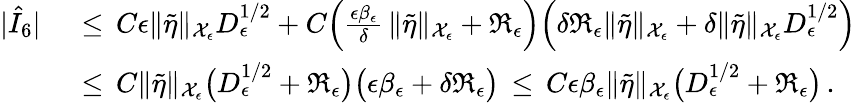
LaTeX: \begin{array}{rl}{|\hat{I}_{6}|\, }&{{}\le\, C\epsilon\| \tilde{\eta}\| _{\mathcal{X}_{\epsilon}}D_{\epsilon}^{1/2}+C\Bigl(\frac{\epsilon\beta_{\epsilon}}{\delta}\, \| \tilde{\eta}\| _{\mathcal{X}_{\epsilon}}+\mathfrak{R}_{\epsilon}\Bigr)\Bigl(\delta\mathfrak{R}_{\epsilon}\| \tilde{\eta}\| _{\mathcal{X}_{\epsilon}}+\delta\| \tilde{\eta}\| _{\mathcal{X}_{\epsilon}}D_{\epsilon}^{1/2}\Bigr)}\\ {\, }&{{}\le\, C\| \tilde{\eta}\| _{\mathcal{X}_{\epsilon}}\bigl(D_{\epsilon}^{1/2}+\mathfrak{R}_{\epsilon}\bigr)\bigl(\epsilon\beta_{\epsilon}+\delta\mathfrak{R}_{\epsilon}\bigr)\, \le\, C\epsilon\beta_{\epsilon}\| \tilde{\eta}\| _{\mathcal{X}_{\epsilon}}\bigl(D_{\epsilon}^{1/2}+\mathfrak{R}_{\epsilon}\bigr)\, .}\end{array}